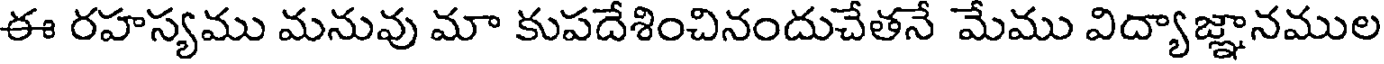
ఈ రహస్యము మనువు మా కుపదేశించినందుచేతనే మేము విద్యాజ్ఞానముల